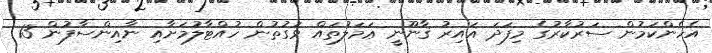
އެހެންކަމުން ސަރުކާރުގެ މިފަދަ ޣައިރު ޤާނޫނީ ޢަމަލުތައް ވަގުތުން ހުއްޓާލުމަށާއި ނާއިންސާފުން 13